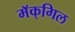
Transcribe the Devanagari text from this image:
मॅक्‌गिल